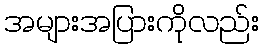
အများအပြားကိုလည်း